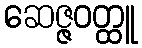
ဆေဇ္ဇဝတ္ထူ